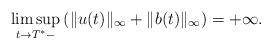
LaTeX: \begin{align*}\limsup_{t\to T^*-} \left(\|u(t)\|_{\infty}+\|b(t)\|_{\infty}\right) = +\infty.\end{align*}